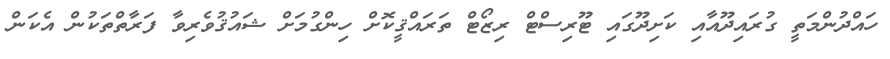
ހައްދުންމަތީ ގުރައިދޫއާއި ކަށިދޫގައި ޓޫރިސްޓް ރިޒޯޓް ތަރައްޤީކޮށް ހިންގުމަށް ޝައުޤުވެރިވާ ފަރާތްތަކުން އެކަން